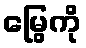
မြွေကို